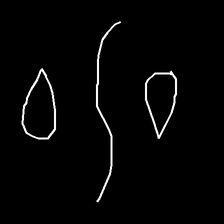
Glyph: water